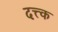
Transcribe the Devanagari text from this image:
दत्त्क